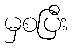
မှစပြီး